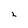
Character: 2